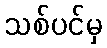
သစ်ပင်မှ